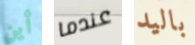
أين عندما باليد